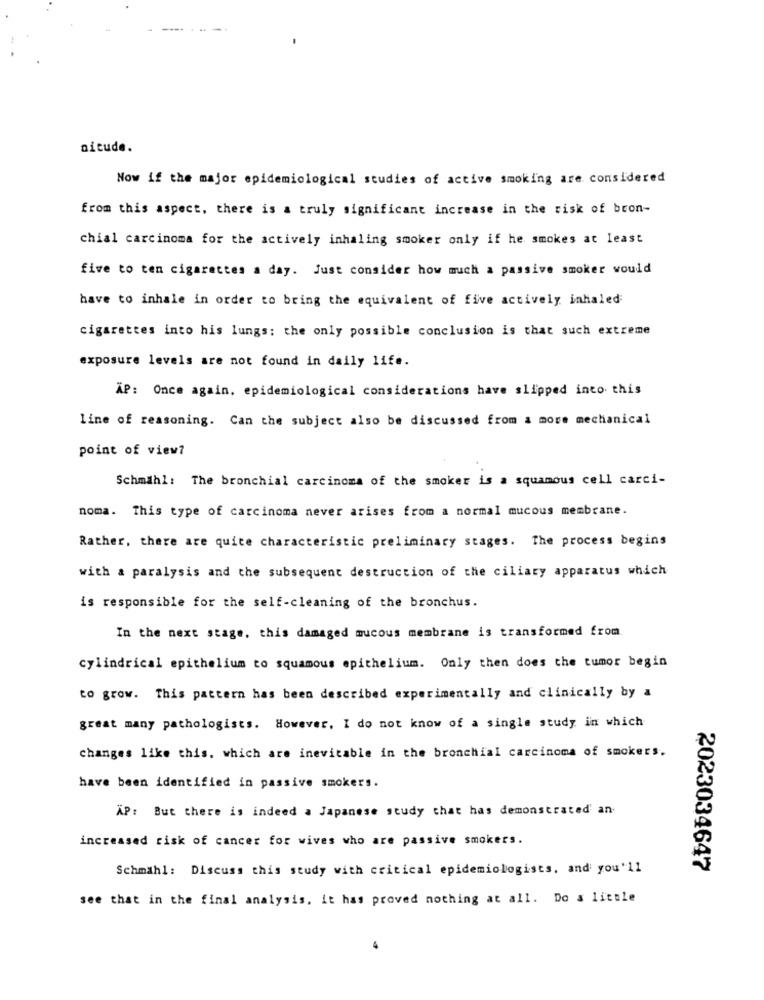
aitude.
Now if the major epidemiological studies of active smoking are considered
from this aspect, there is a truly significant increase in the risk of bron-
chial carcinoma for the actively inhaling smoker only if he smokes at least
five to ten cigarettes a day. Just consider how much a passive smoker would
have to inhale in order to bring the equivalent of five actively inhaled
cigarettes into his lungs: the only possible conclusion is that such extreme
exposure levels are not found in daily life.
AP: Once again, epidemiological considerations have slipped into this
line of reasoning. Can the subject also be discussed from a more mechanical
point of view?
Schmähl: The bronchial carcinoma of the smoker is a squamous cell carci-
noma. This type of carcinoma never arises from a normal mucous membrane.
Rather, there are quite characteristic preliminary stages. The process begins
with a paralysis and the subsequent destruction of the ciliary apparatus which
is responsible for the self-cleaning of the bronchus.
In the next stage. this damaged mucous membrane is transformed from
cylindrical epithelium to squamous epithelium. Only then does the tumor begin
to grow. This pattern has been described experimentally and clinically by a
great many pathologists. However, I do not know of a single study in which
changes like this, which are inevitable in the bronchial carcinoma of smokers.
have been identified in passive smokers.
XP: But there is indeed a Japanese study that has demonstrated' an
increased risk of cancer for wives who are passive smokers.
Schmähl: Discuss this study with critical epidemiologists, and you'll
2023034647
see that in the final analysis. it has proved nothing at all. Do & little